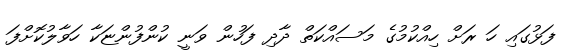
ފަޅުގައި ހަ ރަށް ހިއްކުމުގެ މަސައްކަތް ދާދި ފަހުން ވަނީ ކުންފުންޏަކާ ހަވާލުކޮށްފަ